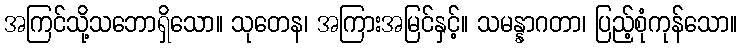
အကြင်သို့သဘောရှိသော။ သုတေန၊ အကြားအမြင်နှင့်။ သမန္နာဂတာ၊ ပြည့်စုံကုန်သော။